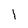
Character: I